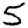
Digit: 5